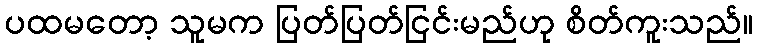
ပထမတော့ သူမက ပြတ်ပြတ်ငြင်းမည်ဟု စိတ်ကူးသည်။